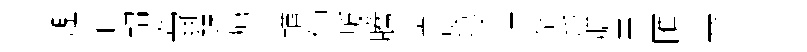
艦隹軺訛爾鍊瘡茶輶祸叛騰差萇役淙侶爪膳畀匯寨訏